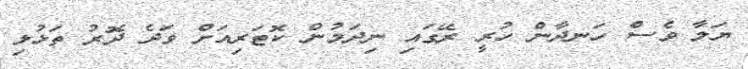
ޔަލާ ވެސް ހަނދާން ހުރީ ރޭގައި ނިދަމުން ކޮޓަރިއަށް ވަދެ ދޮރު ތަޅުލި